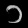
Digit: ၁